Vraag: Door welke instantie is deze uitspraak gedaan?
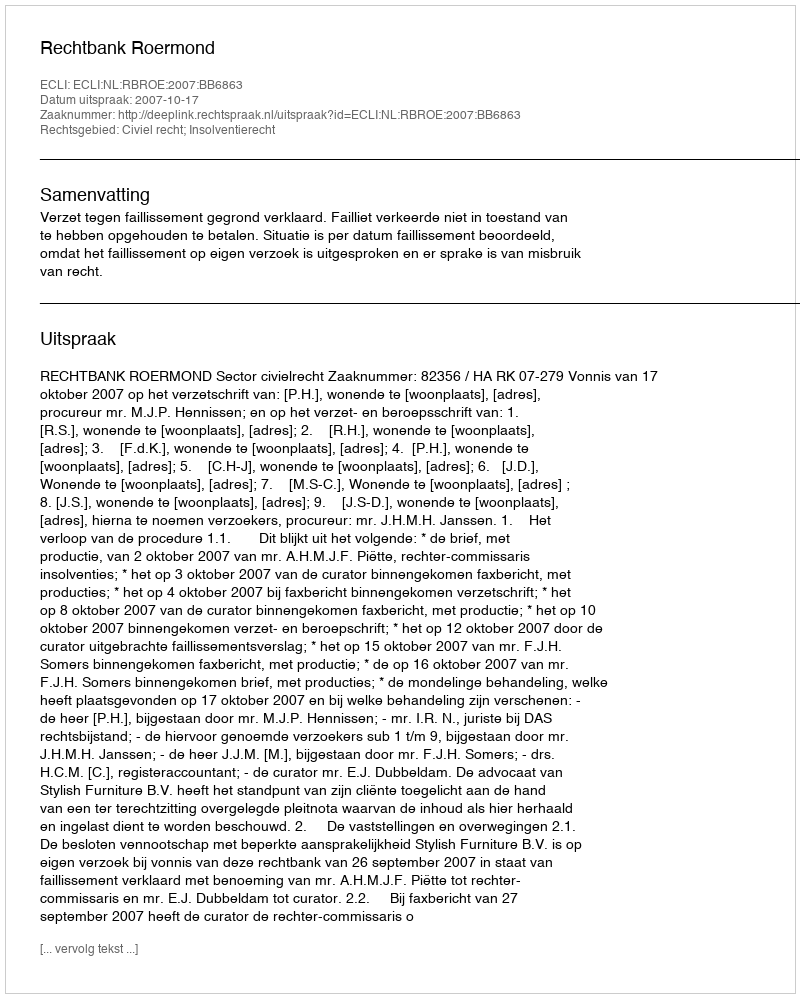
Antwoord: Rechtbank Roermond